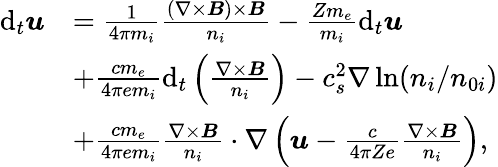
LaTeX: \begin{array}{rl}{\mathrm{d}_{t}\boldsymbol{u}}&{=\frac{1}{4\pi m_{i}}\frac{(\nabla\times\boldsymbol{B})\times\boldsymbol{B}}{n_{i}}-\frac{Zm_{e}}{m_{i}}\mathrm{d}_{t}\boldsymbol{u}}\\ &{+\frac{cm_{e}}{4\pi em_{i}}\mathrm{d}_{t}\left(\frac{\nabla\times\boldsymbol{B}}{n_{i}}\right)-c_{s}^{2}\nabla\ln(n_{i}/n_{0i})}\\ &{+\frac{cm_{e}}{4\pi em_{i}}\frac{\nabla\times\boldsymbol{B}}{n_{i}}\cdot\nabla\left(\boldsymbol{u}-\frac{c}{4\pi Ze}\frac{\nabla\times\boldsymbol{B}}{n_{i}}\right),}\end{array}